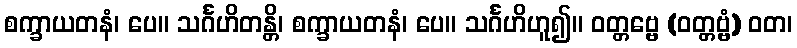
စက္ခာယတနံ၊ ပေ။ သင်္ဂဟိတန္တိ၊ စက္ခာယတနံ၊ ပေ။ သင်္ဂဟိဟူ၍။ ဝတ္တဗ္ဗေ (ဝတ္တဗ္ဗံ) ဝတ၊